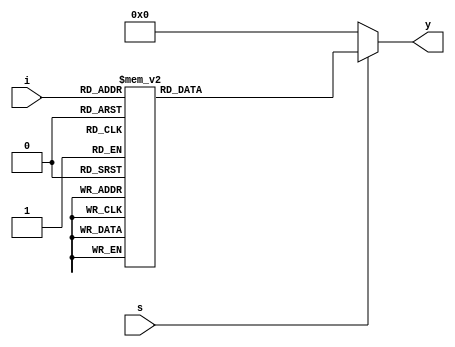
`timescale 1ns / 1ps
//////////////////////////////////////////////////////////////////////////////////
// Company: 
// Engineer: 
// 
// Design Name: 
// Module Name: dec_3x8
// Project Name: 
// Target Devices: 
// Tool Versions: 
// Description: 
// 
// Dependencies: 
// 
// Revision:
// Revision 0.01 - File Created
// Additional Comments:
// 
//////////////////////////////////////////////////////////////////////////////////


module dec_3x8(y,i,s);

input wire[2:0]i;
input s;
output [7:0] y;
reg [7:0] temp;

always@(*)
begin
if(s==1'b1)
begin
case(i)
3'b000: temp = 8'b00000001;
3'b001: temp = 8'b00000010;
3'b010: temp = 8'b00000100;
3'b011: temp = 8'b00001000;
3'b100: temp = 8'b00010000;
3'b101: temp = 8'b00100000;
3'b110: temp = 8'b01000000;
3'b111: temp = 8'b10000000;
default:temp = 8'b00000000;
endcase
end
else
temp = 8'b00000000;


end

assign y=temp;
endmodule